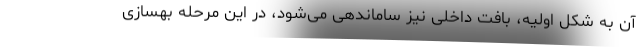
آن به شکل اولیه، بافت داخلی نیز ساماندهی می‌شود، در این مرحله بهسازی